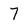
Character: 7